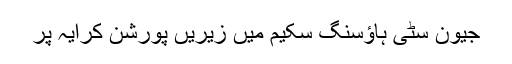
جیون سٹی ہاؤسنگ سکیم میں زیریں پورشن کرایہ پر